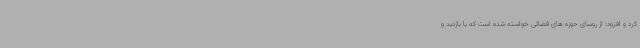
کرد و افزود: از روسای حوزه های قضائی خواسته شده است که با بازدید و